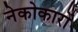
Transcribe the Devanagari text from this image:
नेकोकारों